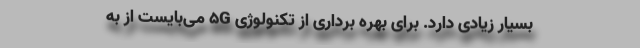
بسیار زیادی دارد. برای بهره برداری از تکنولوژی 5G می‌بایست از به